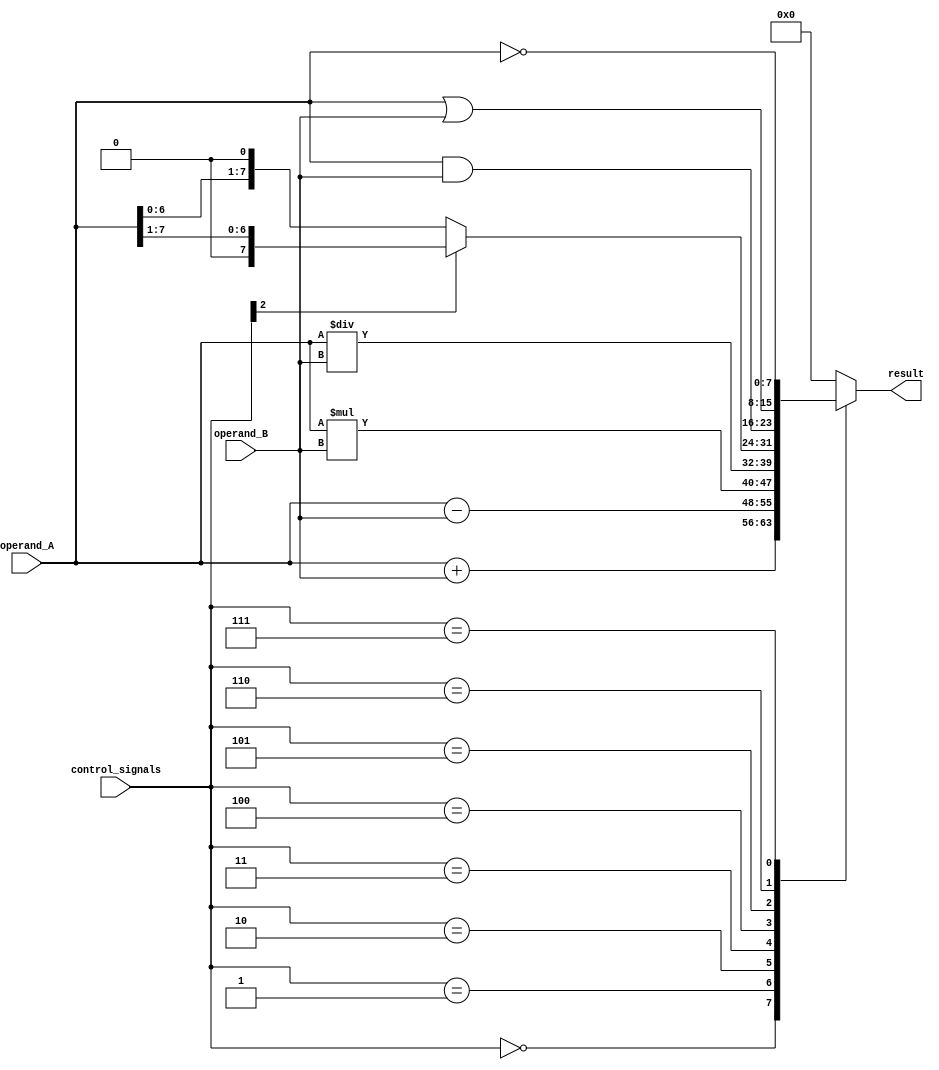
module ALU (
    input [7:0] operand_A,
    input [7:0] operand_B,
    input [3:0] control_signals,
    output reg [7:0] result
);

reg [7:0] add_result, sub_result, mul_result, div_result, shift_result, and_result, or_result, not_result;

always @ (*)
begin
    case (control_signals)
        4'b0000: result = add_result;
        4'b0001: result = sub_result;
        4'b0010: result = mul_result;
        4'b0011: result = div_result;
        4'b0100: result = shift_result;
        4'b0101: result = and_result;
        4'b0110: result = or_result;
        4'b0111: result = not_result;
        default: result = 8'h00;
    endcase
end

assign add_result = operand_A + operand_B;
assign sub_result = operand_A - operand_B;
assign mul_result = operand_A * operand_B;
assign div_result = operand_A / operand_B;
assign shift_result = (control_signals[2]) ? (operand_A >> 1) : (operand_A << 1);
assign and_result = operand_A & operand_B;
assign or_result = operand_A | operand_B;
assign not_result = ~operand_A;

endmodule